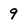
Character: 9